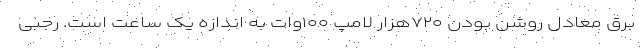
برق معادل روشن بودن ۷۲۰هزار لامپ ۱۰۰وات به اندازه یک ساعت است. رجبی